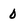
Character: 0